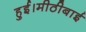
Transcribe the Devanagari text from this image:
हुई।मीठीबाई